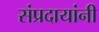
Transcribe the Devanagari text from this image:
संप्रदायांनी